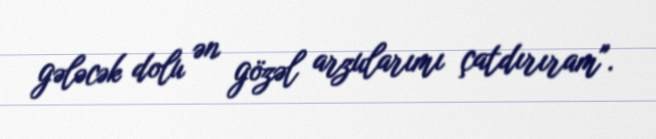
gələcək dolu ən gözəl arzularımı çatdırıram".